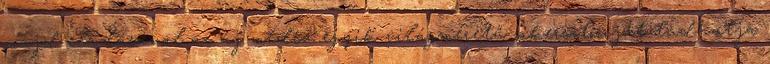
majd eladásával az új média egyik világméretű sikersztoriját tudhatja